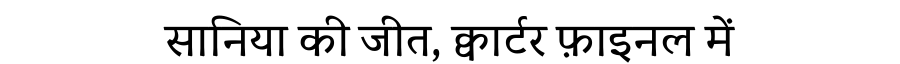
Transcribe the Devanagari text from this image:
सानिया की जीत, क्वार्टर फ़ाइनल में